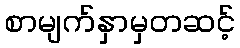
စာမျက်နှာမှတဆင့်